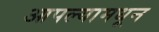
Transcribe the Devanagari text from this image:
आपल्यामधून